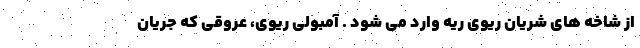
از شاخه های شریان ریوی ریه وارد می شود . آمبولی ریوی، عروقی که جریان